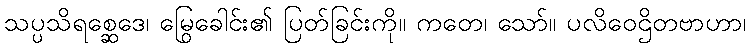
သပ္ပသိရစ္ဆေဒေ၊ မြွေခေါင်း၏ ပြတ်ခြင်းကို။ ကတေ၊ သော်။ ပလိဝေဌိတဗာဟာ၊